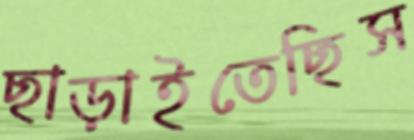
ছাড়াইতেছিস